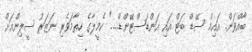
ބާއްވަން. އައިމް ސޭޑް ބަޓް އައި އަންޑަސްޓޭންޑް....." ކެމީލާގެ ހިތާމަވެރި ނަޒަރު ސީލިންއަށް